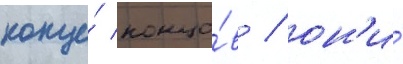
конце́ концо́в / он'и́